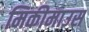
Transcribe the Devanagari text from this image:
मिकीमाउस